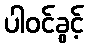
ပါဝင်ခွင့်